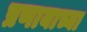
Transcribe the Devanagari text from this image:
प्रणायाच्या